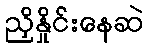
ညှိနှိုင်းနေဆဲ